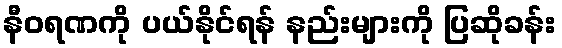
နီဝရဏကို ပယ်နိုင်ရန် နည်းများကို ပြဆိုခန်း